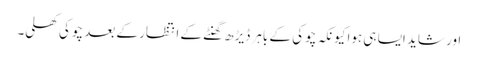
اور شاید ایسا ہی ہوا کیونکہ چوکی کے باہر ڈیڑھ گھنٹے کے انتظار کے بعد چوکی کھلی۔